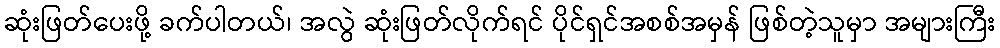
ဆုံးဖြတ်ပေးဖို့ ခက်ပါတယ်၊ အလွဲ ဆုံးဖြတ်လိုက်ရင် ပိုင်ရှင်အစစ်အမှန် ဖြစ်တဲ့သူမှာ အများကြီး